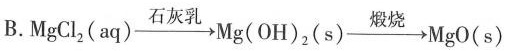
B.MgCl_{2}(aq) \xrightarrow[]{石灰乳} Mg(OH)_{2} (s) \xrightarrow[]{煅烧} MgO(s)